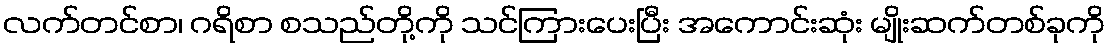
လက်တင်စာ၊ ဂရိစာ စသည်တို့ကို သင်ကြားပေးပြီး အကောင်းဆုံး မျိုးဆက်တစ်ခုကို